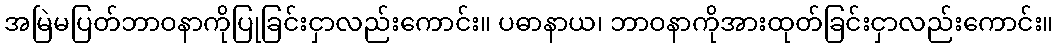
အမြဲမပြတ်ဘာဝနာကိုပြုခြင်းငှာလည်းကောင်း။ ပဓာနာယ၊ ဘာဝနာကိုအားထုတ်ခြင်းငှာလည်းကောင်း။